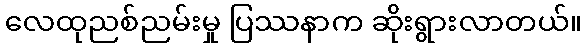
လေထုညစ်ညမ်းမှု ပြဿနာက ဆိုးရွားလာတယ်။